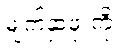
မျက်နှာဖုံးကို